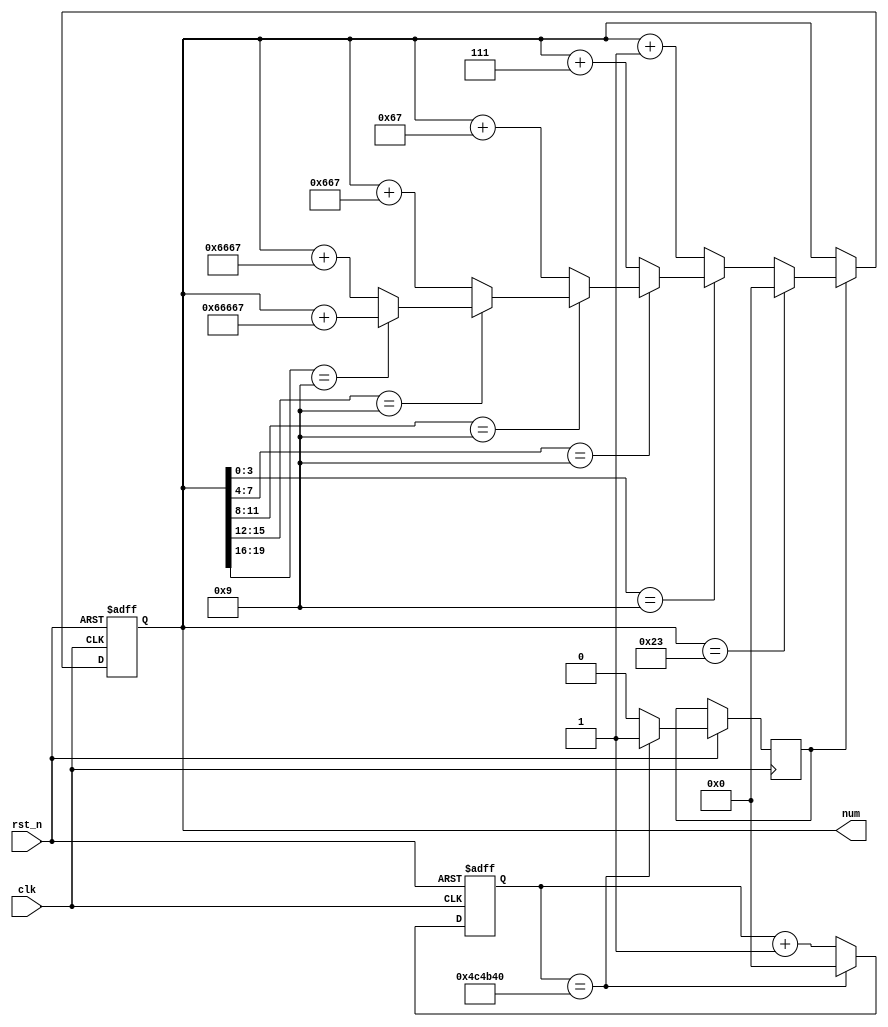
module cnt_hex #(
    // paremeter
        // parameter model = 12'b1001_1001_1001;
    parameter model = 8'h24,
    // inc time = inc_time * 20ns
    parameter inc_time = 24'd5_000_000
        //parameter inc_time = 3'd4;
) (
    input clk,
    input rst_n,

    output reg [23:0] num
);
    
    // register
    reg [23:0] cnt;
    reg flag_inc_time;
    
    // 0.1s counter 
    always @(posedge clk, negedge rst_n) begin
        if(!rst_n)
            cnt <= 1'b0;
        else begin
            if(cnt == inc_time) begin
                cnt <= 1'b0;
                flag_inc_time <= 1'b1;
            end
            else begin
                cnt <= cnt + 1'b1;
                flag_inc_time <= 1'b0;
            end
        end
    end
    // ++
    always @(posedge clk, negedge rst_n) begin
        if(!rst_n) begin
            num <= 1'b0;
        end
        else begin
            if(flag_inc_time) begin
                if(num == model - 1'b1) begin
                    num <= 1'd0;
                end
                else begin
                    if(num[3:0] == 4'h9) begin
                        if(num[7:4] == 4'h9) begin
                            if(num[11:8] == 4'h9) begin
                                if(num[15:12] == 4'h9) begin
                                    if(num[19:16] == 4'h9) begin
                                        num <= num + 20'h66667;  
                                    end
                                    else begin
                                        num <= num + 16'h6667;
                                    end
                                end
                                else begin
                                    num <= num + 12'h667;
                                end
                            end
                            else begin
                                num <= num + 8'h67;
                            end
                        end
                        else begin
                            num <= num + 4'h7;
                        end
                    end
                    else begin
                        num <= num + 1'b1;
                    end
                end
            end
            else begin
               num <= num; 
            end
        end
    end


endmodule